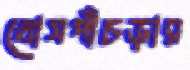
খোসপাঁচড়ার